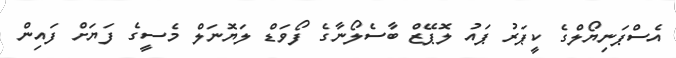
އެސްޕަނިޔޯލްގެ ކީޕަރު ޕައު ލޮޕޭޒް ބާސެލޯނާގެ ފޯވަޑް ލަޔޮނަލް މެސީގެ ފަޔަށް ފައިން